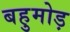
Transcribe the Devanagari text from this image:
बहुमोड़